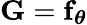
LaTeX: {\mathbf G}={\mathbf f}_{\boldsymbol{\theta}}